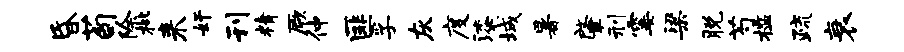
昏荀除枇来奸刊精厥仲匪孚灰度漆城暑肇刑霎梁脱芍槛疏衰